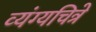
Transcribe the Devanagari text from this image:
व्यंग्यचित्रे